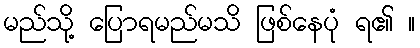
မည်သို့ ပြောရမည်မသိ ဖြစ်နေပုံ ရ၏ ။